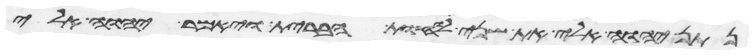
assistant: נתן יהוה אלי את שני לוחת הברית ויאמר יהוה אלי